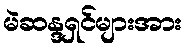
မဲဆန္ဒရှင်များအား